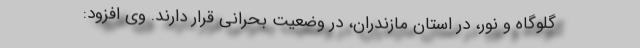
گلوگاه و نور، در استان مازندران، در وضعیت بحرانی قرار دارند. وی افزود: